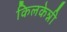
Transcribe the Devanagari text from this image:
किलकेन्नी